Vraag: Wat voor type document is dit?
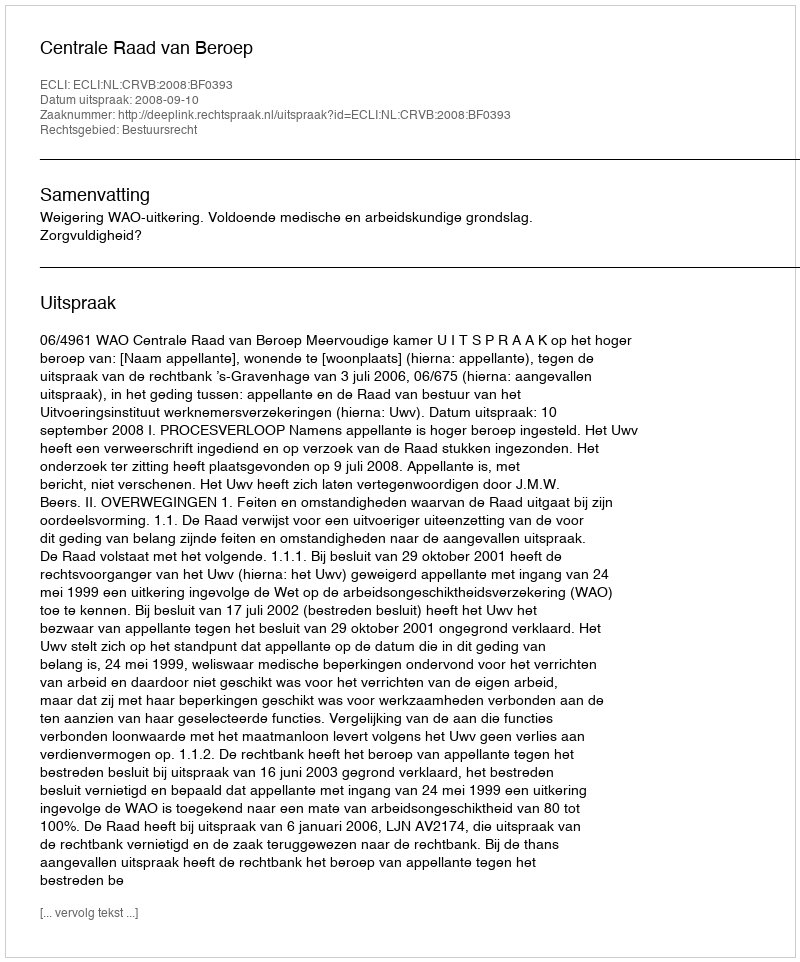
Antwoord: Uitspraak